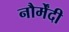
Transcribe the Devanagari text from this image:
नौर्मेंदी